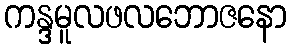
ကန္ဒမူလဖလဘောဇနော